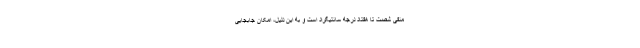
منفی شصت تا هفتاد درجه سانتیگراد است و به این دلیل، امکان جابجایی